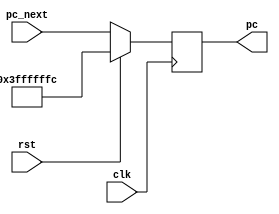
module decode #(
    parameter RESET_PC = 32'h4000_0000
)(
    input clk,
    input rst,
    input [31:0] pc_next,
    output reg [31:0] pc
);

    always @ (posedge clk) begin
        if (rst)
            pc <= RESET_PC - 32'd4;
        else
            pc <= pc_next;
    end

endmodule